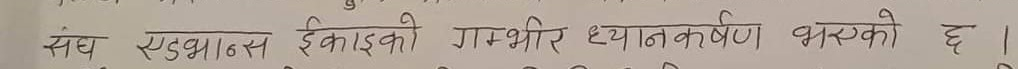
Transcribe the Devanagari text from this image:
संघ सुदृभास इकाईको गम्भीर ध्यानाकर्षण भएको छ।